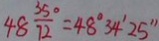
4 8 \frac { 3 5 ^ { \circ } } { 7 2 } = 4 8 ^ { \circ } 3 4 ^ { \prime } 2 5 ^ { \prime \prime }